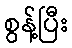
စွန့်ပြီး